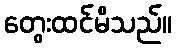
တွေးထင်မိသည်။